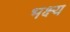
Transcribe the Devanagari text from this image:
भक्ष्‍य